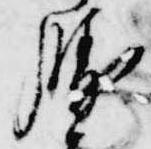
勝